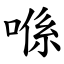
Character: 喺